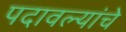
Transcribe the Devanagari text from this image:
पदावल्यांचे